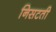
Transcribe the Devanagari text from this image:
निसटती